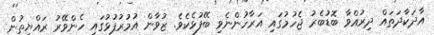
އާދަކާދަތައް ދިރުއްވާ ބޮޑުބެރު ޖެހުމުގައި އަރާހުންނެވި ބޭފުޅެކެވެ. ޒުވާން އުމުރުފުޅުގައި ހެންވޭރު ރައްޔިތުން